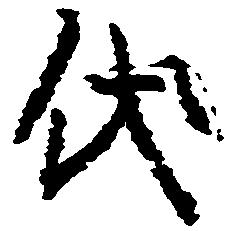
代